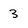
Character: 3